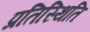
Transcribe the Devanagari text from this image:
प्रतिस्थिति